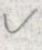
v